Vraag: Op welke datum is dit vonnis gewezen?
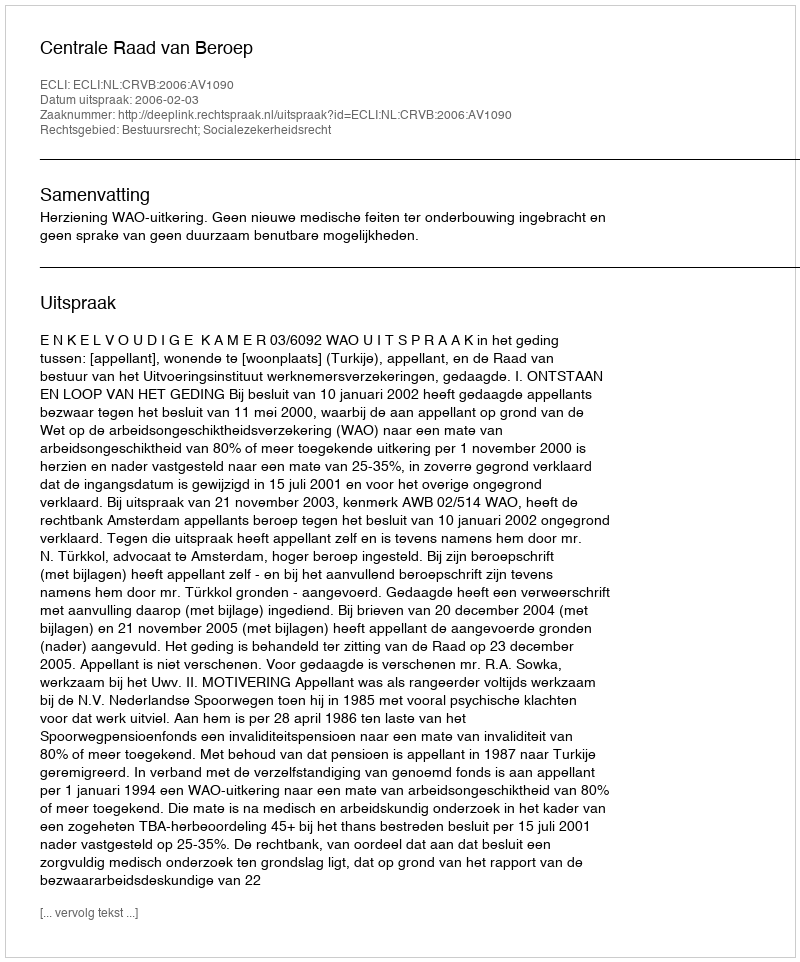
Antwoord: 2006-02-03